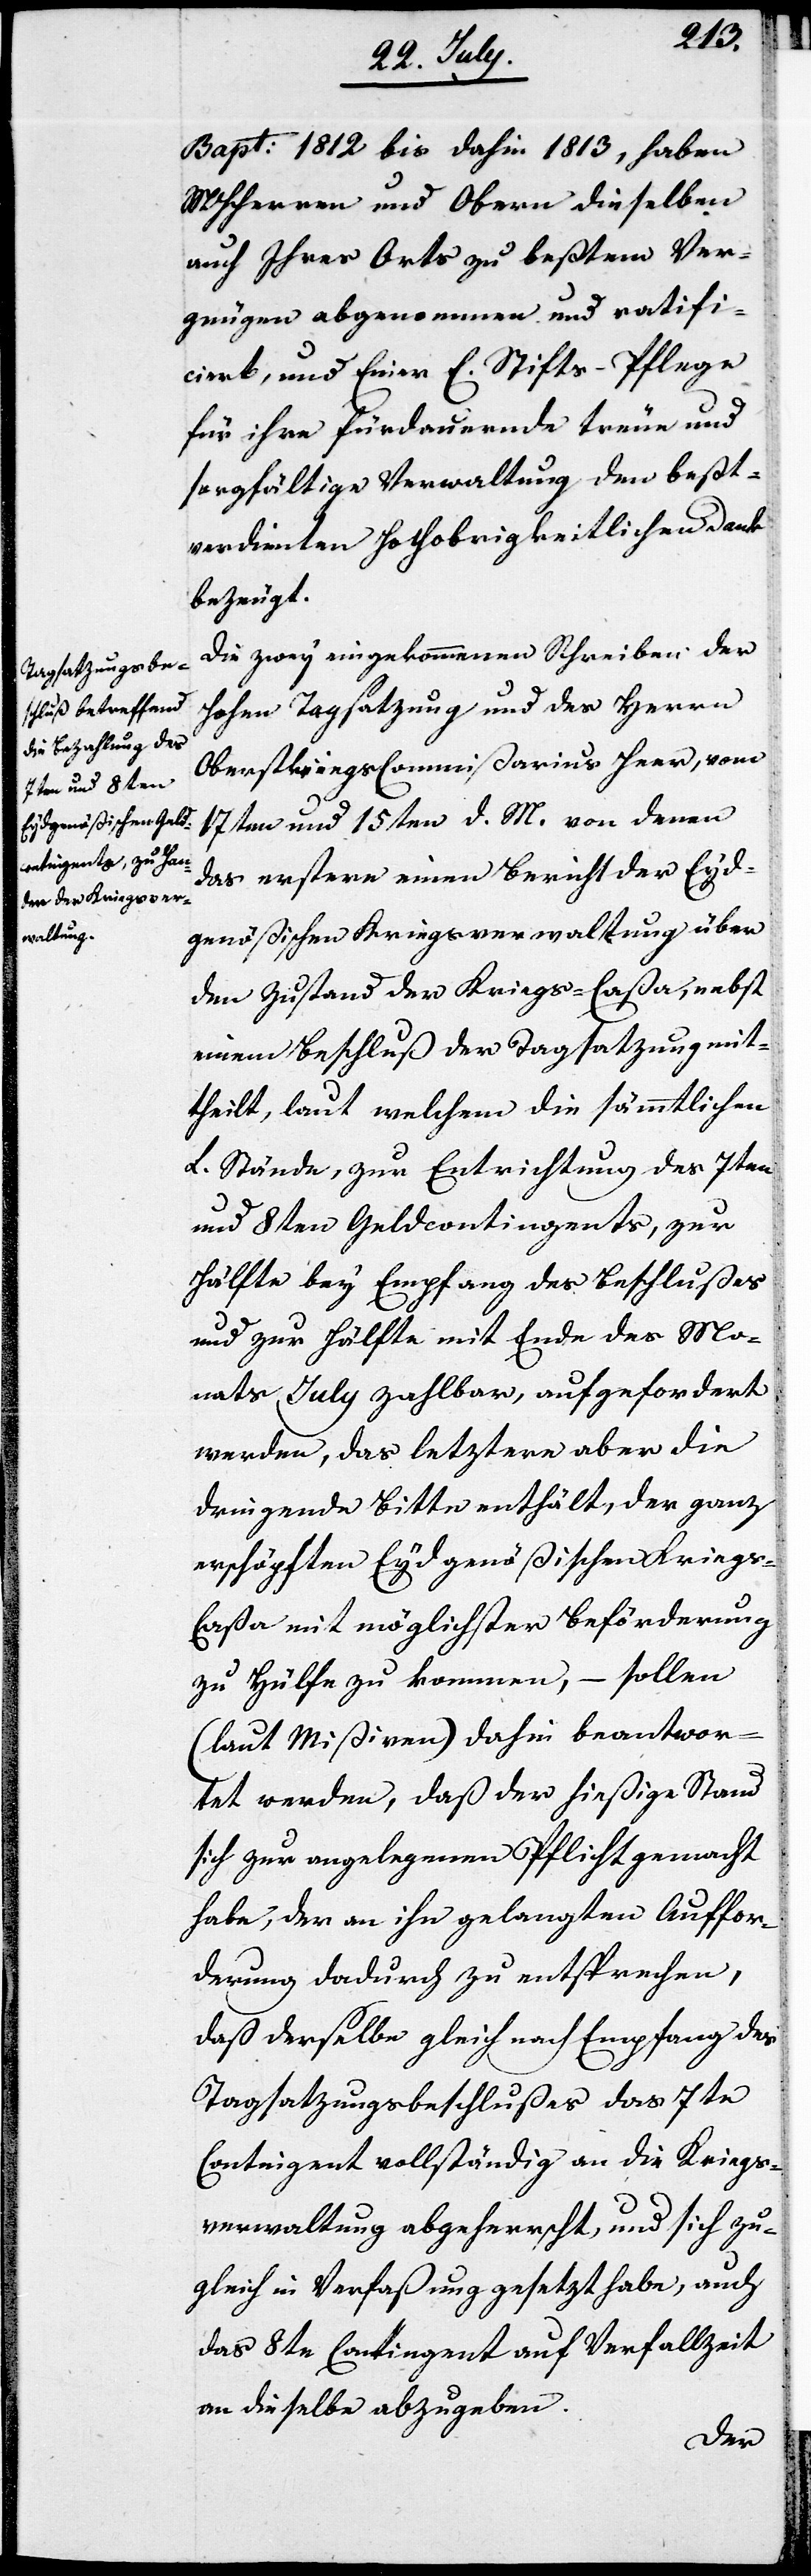
Bapt. 1812 bis dahin 1813, haben
MHHerren und Obern dieselben
auch Ihres Orts zu beßtem Ver¬
gnügen abgenommen und ratifi¬
ciert, und Einer E. Stifts-Pflege
für ihre fürdauernde treue und
sorfältige Verwandlung den beßt¬
verdienten Hochobrigkeitlichen Dank
bezeugt.
Die zwey eingekommenen Schreiben der
Hohen Tagsatzung und des Herrn
Oberstkriegscommißarius Heer, vom
17ten und 15ten d. M. von denen
das erstere einen Bericht der Eyd¬
genößischen Kriegsverwaltung über
den Zustand der Kriegs-Caßa, nebst
einem Beschluß der Tagsatzung mit¬
theilt, laut welchem die sämmtlichen
L. Stände, zur Entrichtung des 7ten
und 8ten Geldcontingents, zur
Hälfte bey Empfang des Beschlußes
und zur Hälfte mit Ende des Mo¬
nats July zahlbar, aufgefordert
werden, das letztere aber die
dringende Bitte enthält, der ganz
erschöpften Eydgenößischen Kriegs-C¬
aßa mit möglichster Beförderung
zu Hülfe zu kommen, – sollen
(laut Mißiven) dahin beantwor¬
tet werden, daß der hießige Stand
sich zur angelegenen Pflicht gemacht
habe, der an ihn gelangten Auffor¬
derung dadurch zu entsprechen,
daß derselbe gleich nach Empfang des
Tagsatzungsbeschlußes das 7te
Contingent vollständig an die Kriegs¬
verwaltung abgeherrscht, und sich zu¬
gleich in Verfaßung gesetzt habe, auch
das 8te Contingent auf Verfallzeit
an dieselbe abzugeben.